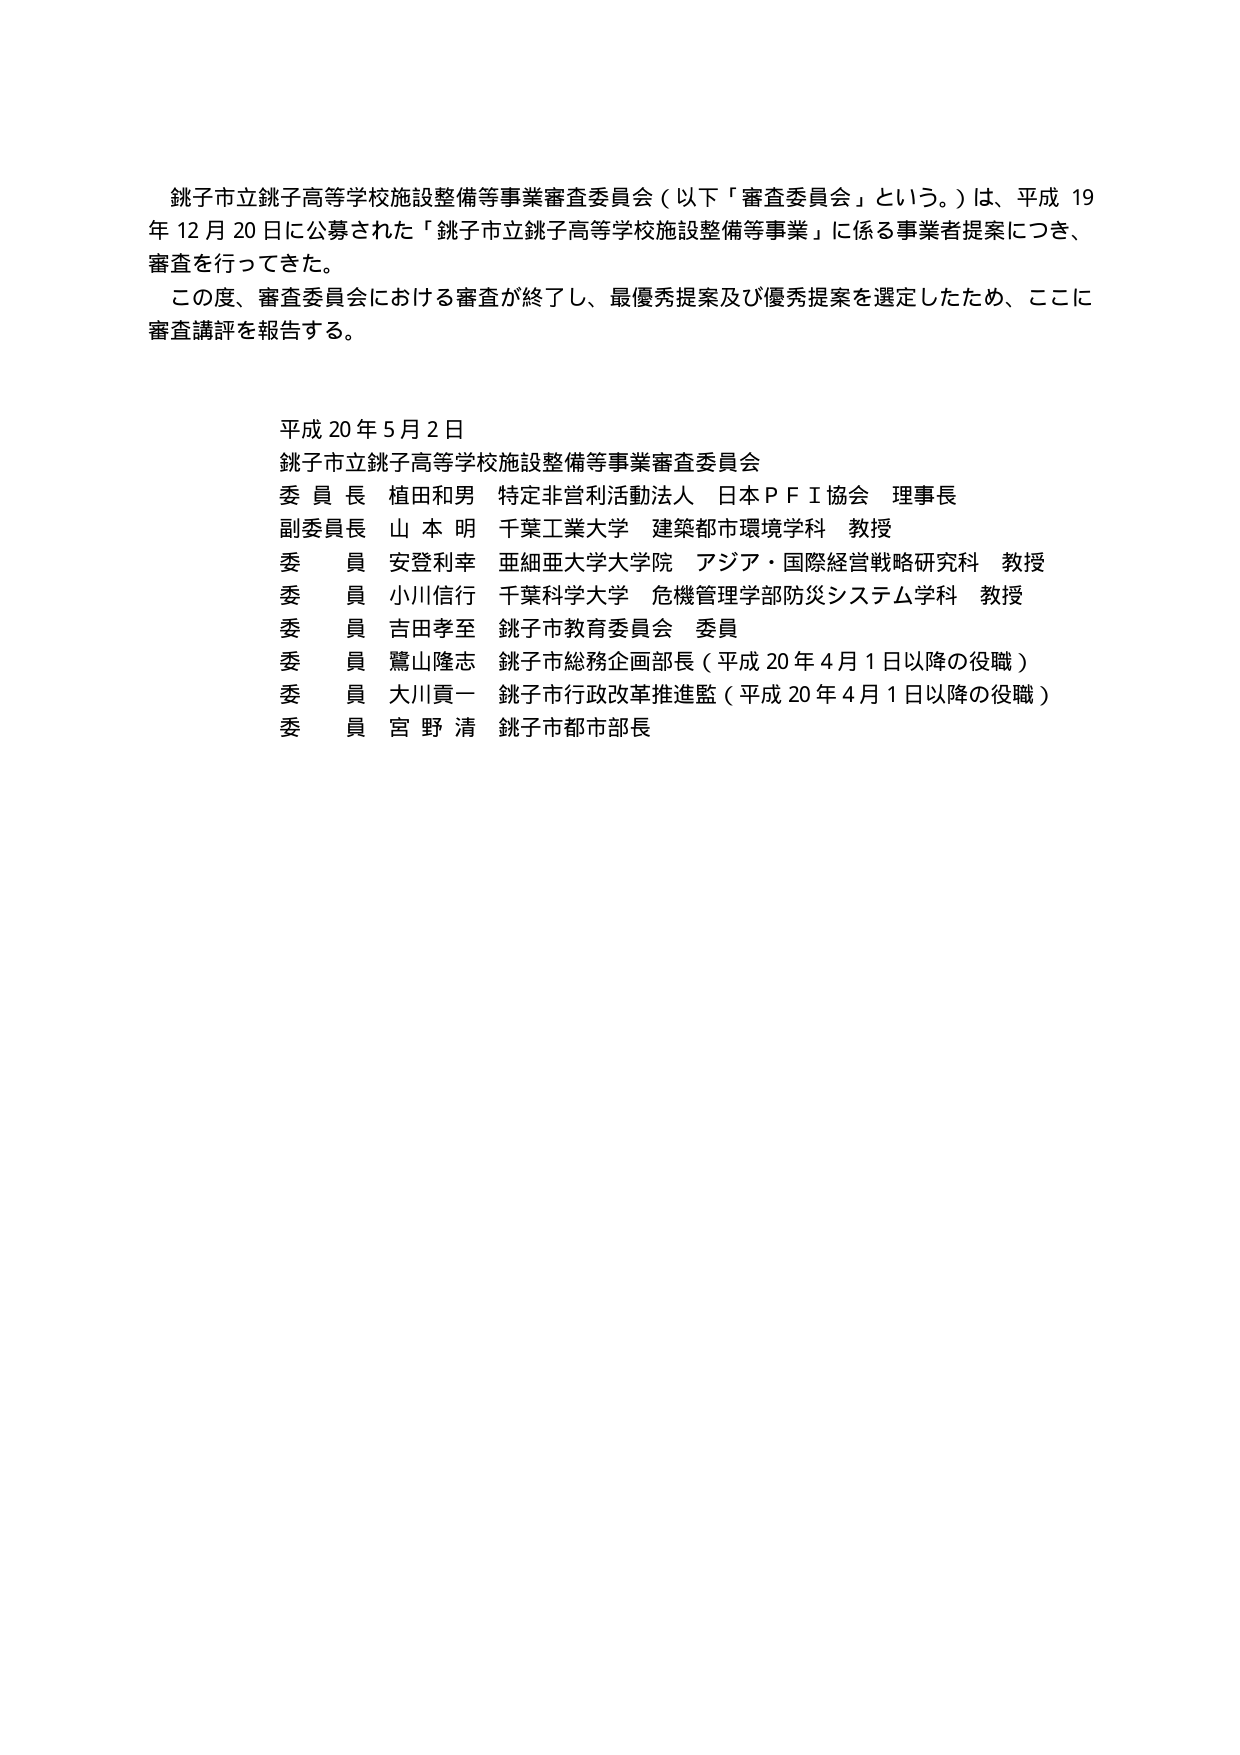
銚子市立銚子高等学校施設整備等事業審査委員会（以下「審査委員会」という。）は、平成19年12月20日に公募された「銚子市立銚子高等学校施設整備等事業」に係る事業者提案につき、審査を行ってきた。

この度、審査委員会における審査が終了し、最優秀提案及び優秀提案を選定したため、ここに審査講評を報告する。

平成20年5月2日
銚子市立銚子高等学校施設整備等事業審査委員会

委員長 植田和男 特定非営利活動法人 日本ＰＦＩ協会 理事長
副委員長 山本明 千葉工業大学 建築都市環境学科 教授
委員 安登利幸 亜細亜大学大学院 アジア・国際経営戦略研究科 教授
委員 小川信行 千葉科学大学 危機管理学部防災システム学科 教授
委員 吉田孝至 銚子市教育委員会 委員
委員 鷲山隆志 銚子市総務企画部長（平成20年4月1日以降の役職）
委員 大川貢一 銚子市行政改革推進監（平成20年4月1日以降の役職）
委員 宮野清 銚子市都市部長